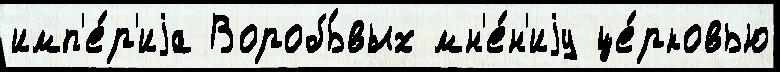
имп'е́р'иjа Воробь́вых мн'е́н'иjу це́рковью